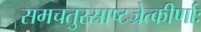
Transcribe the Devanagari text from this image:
समचतुरस्राष्टज्रेत्कीर्णाः